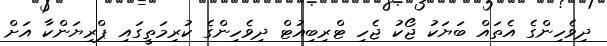
ދިވެހިންގެ އެތައް ބަޔަކު ޖޯކު ޖެހި ޓްރިބިއުޓް ދިވެހިންގެ ކުރިމަތީގައި ޕްރިޔަންކާ އަށް